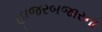
હાજરબજારના